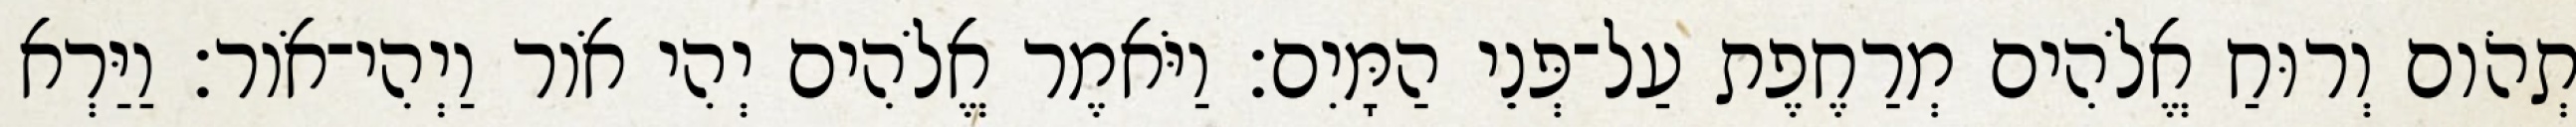
תְהֹום וְרוּחַ אֱלֹהִים מְרַחֶפֶת עַל־פְּנֵי הַמָּיִם׃ וַיֹּאמֶר אֱלֹהִים יְהִי אֹור וַיְהִי־אֹור׃ וַיַּרְא